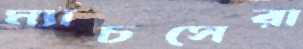
ম্যাচসেরা